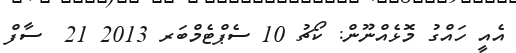
އެއީ ހައްގު މޮޅެއްނޫން: ކޯޗު 10 ސެޕްޓެމްބަރ 2013 21  ސާފް